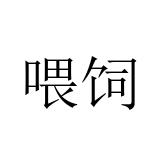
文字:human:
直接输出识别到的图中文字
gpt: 喂饲